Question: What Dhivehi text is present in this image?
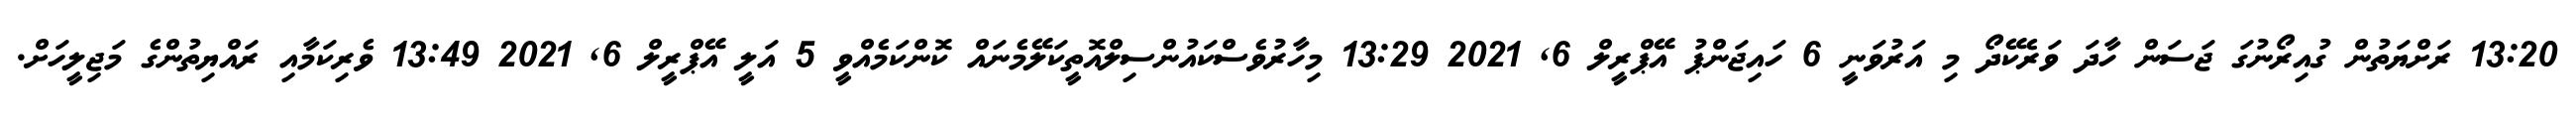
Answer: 13:20 ރަށްޔަތުން ގުއިރޯނުގަ ޖަސަން ހާދަ ވަރެކޭދޯ މި އަރުވަނީ 6 ހައިޖަންޕު އޭޕްރީލް 6, 2021 13:29 މިހާރުވެސްކައުންސިލްއޮތީކަލޭމެނައް ކޮންކަމެއްވީ 5 އަލީ އޭޕްރީލް 6, 2021 13:49 ވެރިކަމާއި ރައްޔިތުންގެ މަޖިލީހަށް.